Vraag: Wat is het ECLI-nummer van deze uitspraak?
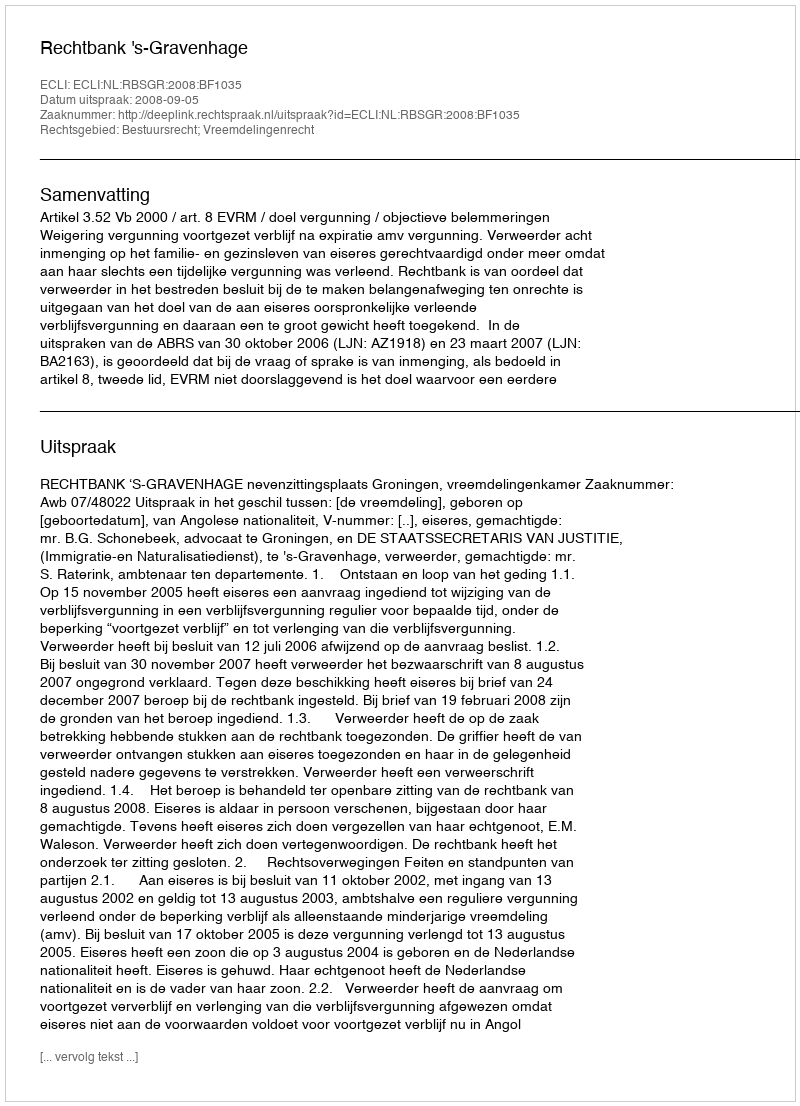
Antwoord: ECLI:NL:RBSGR:2008:BF1035